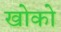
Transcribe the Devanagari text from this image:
खोको